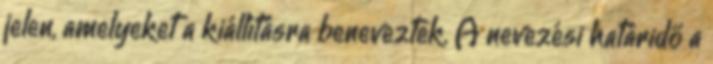
jelen, amelyeket a kiállításra beneveztek. A nevezési határidő a